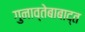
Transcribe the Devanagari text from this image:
गुनाव्तेबाबाद्त